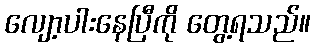
လျော့ပါးနေပြီကို တွေ့ရသည်။